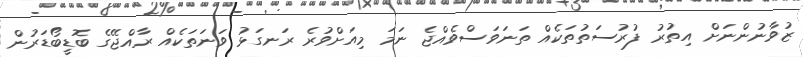
ޒުވާނުންނަށް އިތުރު ފުރުސަތުތަކެއް ތަނަވަސްވެއްޖެ ނަމަ މިއަށްވުރެ ރަނގަޅު ވަނަތަކެއް ރާއްޖޭގެ ބޮޑީބޯޑަރުން